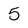
Character: 5